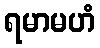
ရမာမဟံ